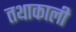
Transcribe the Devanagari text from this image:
तथाकाली